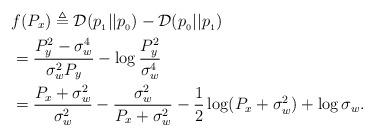
LaTeX: \begin{align*}&f(P_x) \triangleq \mathcal{D}(p_{_1}||p_{_0}) - \mathcal{D}(p_{_0}||p_{_1}) \\&= \frac{P_y^2 - \sigma_w^4}{\sigma_w^2 P_y} - \log \frac{P_y^2}{\sigma_w^4}\\&=\frac{P_x + \sigma_w^2}{\sigma_w^2} - \frac{\sigma_w^2}{P_x + \sigma_w^2} - \frac{1}{2} \log(P_x + \sigma_w^2) + \log \sigma_w.\end{align*}